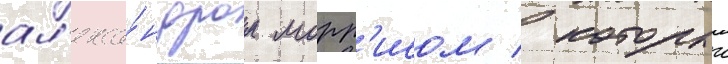
ал'екса́ндром морр'исом / которыи